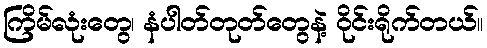
ကြိမ်လုံးတွေ၊ နံပါတ်တုတ်တွေနဲ့ ဝိုင်းရိုက်တယ်။